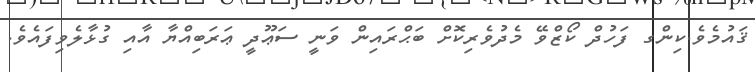
ޤައުމެވެ.ކިންގ ފަހުދް ކޯޒްވޭ މެދުވެރިކޮށް ބަޙްރައިން ވަނީ ސަޢޫދީ ޢަރަބިއްޔާ އާއި ގުޅާލެވިފައެވެ.